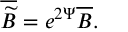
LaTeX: \overline { { { \widetilde { B } } } } = e ^ { 2 \Psi } \overline { { { B } } } .